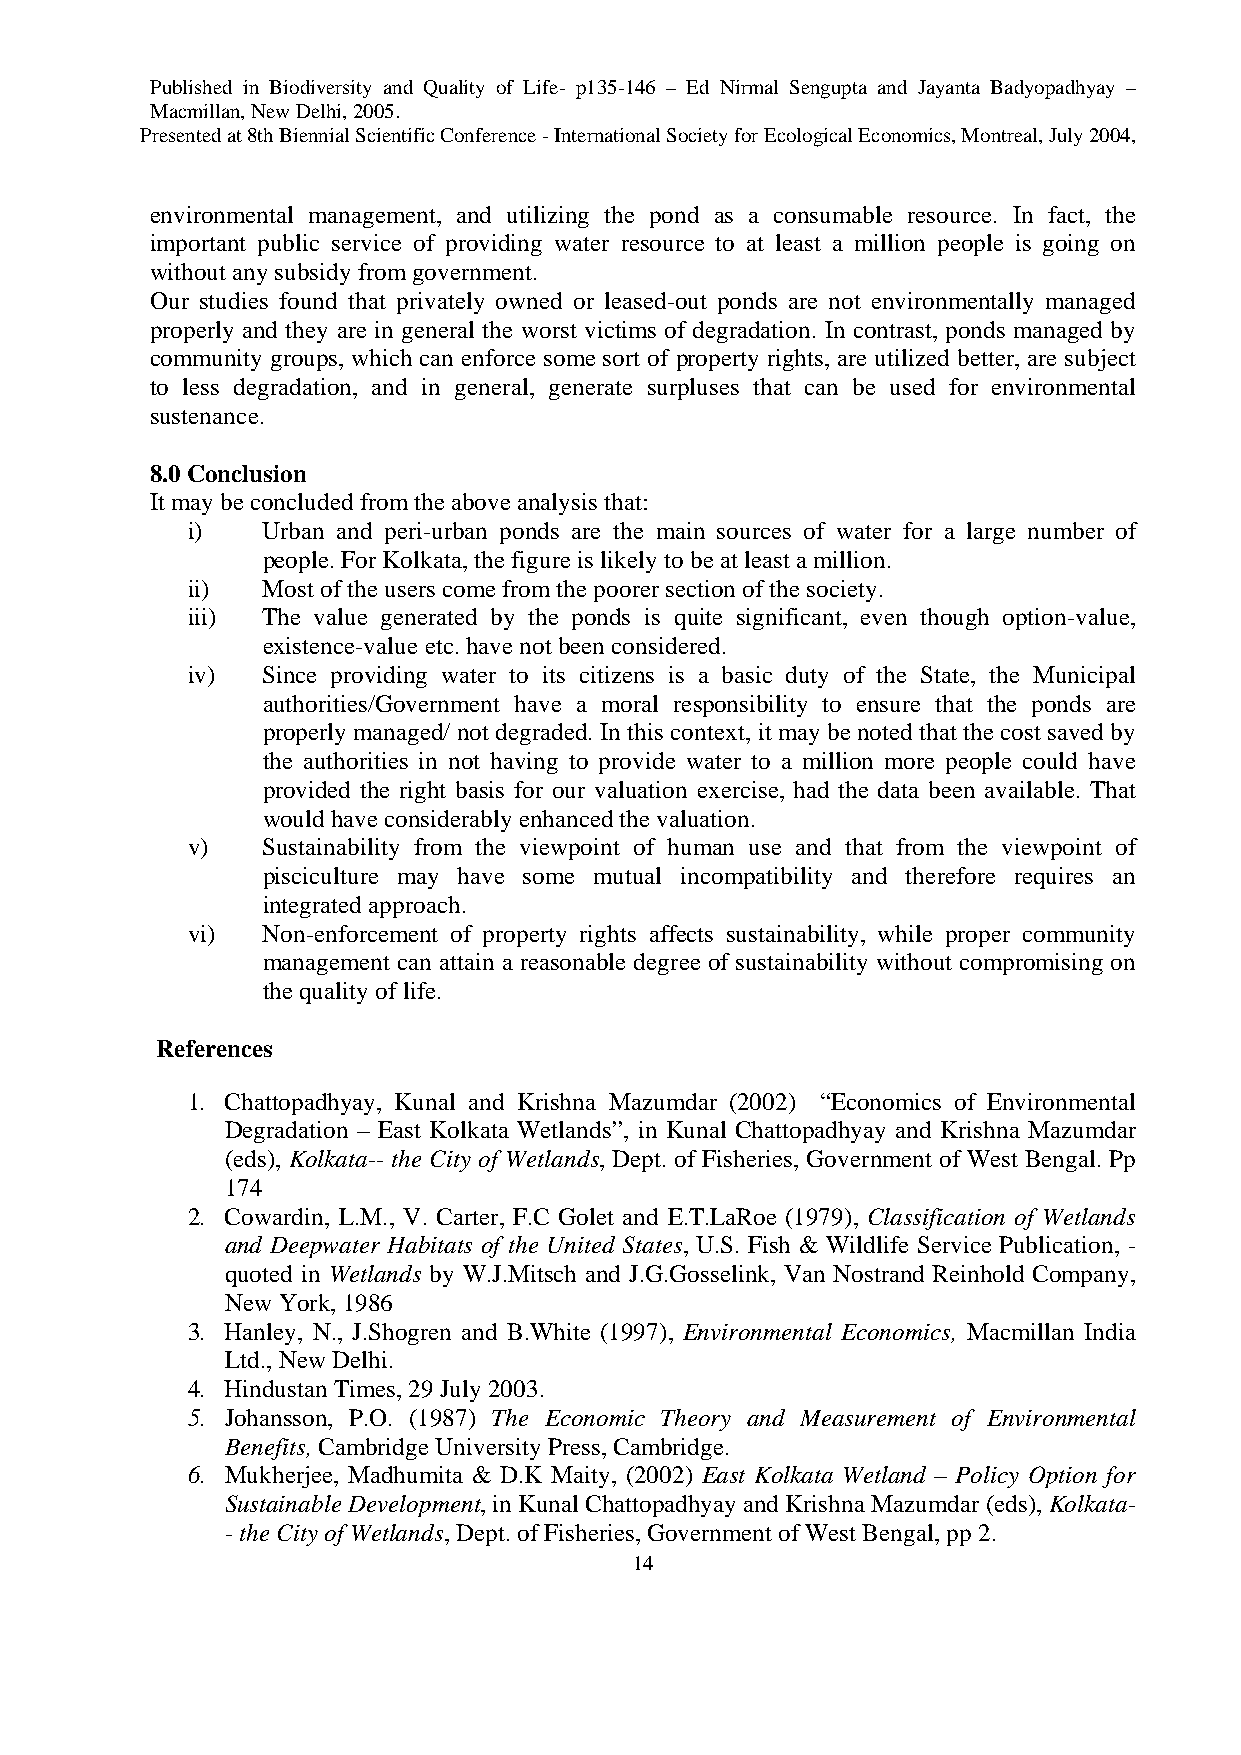
Published in Biodiversity and Quality of Life- p135-146 – Ed Nirmal Sengupta and Jayanta Badyopadhyay –
 Macmillan, New Delhi, 2005.
 Presented at 8th Biennial Scientific Conference - International Society for Ecological Economics, Montreal, July 2004,
 environmental management, and utilizing the pond as a consumable resource. In fact, the
 important public service of providing water resource to at least a million people is going on
 without any subsidy from government.
 Our studies found that privately owned or leased-out ponds are not environmentally managed
 properly and they are in general the worst victims of degradation. In contrast, ponds managed by
 community groups, which can enforce some sort of property rights, are utilized better, are subject
 to less degradation, and in general, generate surpluses that can be used for environmental
 sustenance.
 8.0 Conclusion
 It may be concluded from the above analysis that:
 i)   Urban and peri-urban ponds are the main sources of water for a large number of
 people. For Kolkata, the figure is likely to be at least a million.
 ii)  Most of the users come from the poorer section of the society.
 iii) The value generated by the ponds is quite significant, even though option-value,
 existence-value etc. have not been considered.
 iv)  Since providing water to its citizens is a basic duty of the State, the Municipal
 authorities/Government have a moral responsibility to ensure that the ponds are
 properly managed/ not degraded. In this context, it may be noted that the cost saved by
 the authorities in not having to provide water to a million more people could have
 provided the right basis for our valuation exercise, had the data been available. That
 would have considerably enhanced the valuation.
 v)   Sustainability from the viewpoint of human use and that from the viewpoint of
 pisciculture may have some mutual incompatibility and therefore requires an
 integrated approach.
 vi)  Non-enforcement of property rights affects sustainability, while proper community
 management can attain a reasonable degree of sustainability without compromising on
 the quality of life.
 References
 1. Chattopadhyay, Kunal and Krishna Mazumdar (2002) “Economics of Environmental
 Degradation – East Kolkata Wetlands”, in Kunal Chattopadhyay and Krishna Mazumdar
 (eds), Kolkata-- the City of Wetlands, Dept. of Fisheries, Government of West Bengal. Pp
 174
 2. Cowardin, L.M., V. Carter, F.C Golet and E.T.LaRoe (1979), Classification of Wetlands
 and Deepwater Habitats of the United States, U.S. Fish & Wildlife Service Publication, -
 quoted in Wetlands by W.J.Mitsch and J.G.Gosselink, Van Nostrand Reinhold Company,
 New York, 1986
 3. Hanley, N., J.Shogren and B.White (1997), Environmental Economics, Macmillan India
 Ltd., New Delhi.
 4. Hindustan Times, 29 July 2003.
 5. Johansson, P.O. (1987) The Economic Theory and Measurement of Environmental
 Benefits, Cambridge University Press, Cambridge.
 6. Mukherjee, Madhumita & D.K Maity, (2002) East Kolkata Wetland – Policy Option for
 Sustainable Development, in Kunal Chattopadhyay and Krishna Mazumdar (eds), Kolkata-
 - the City of Wetlands, Dept. of Fisheries, Government of West Bengal, pp 2.
 14